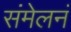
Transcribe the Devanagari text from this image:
संमेलनं